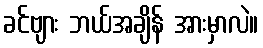
ခင်ဗျား ဘယ်အချိန် အားမှာလဲ။